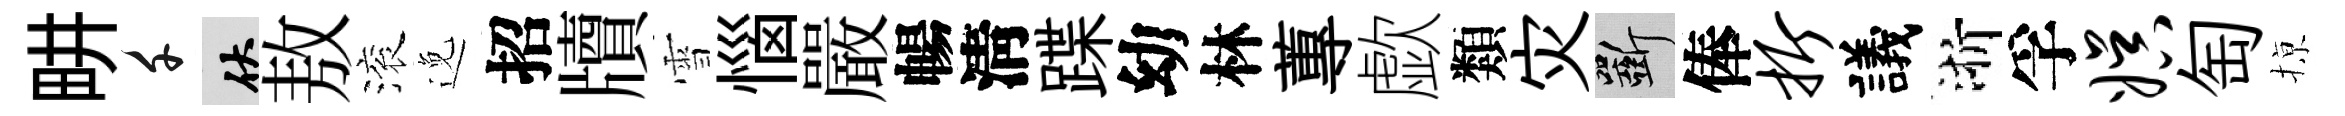
畊千伏敖滚𨓜招牘雪惱嚴暢淸蹀幼林蓴歔類灾斫俸折議浙孚娱匋𢱊